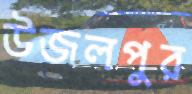
উজলপুর